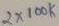
Text: 2X100K